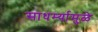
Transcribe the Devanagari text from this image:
साधर्म्यामुळे